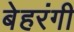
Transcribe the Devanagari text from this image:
बेहरंगी